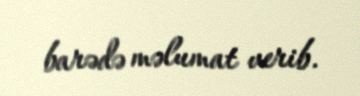
barədə məlumat verib.